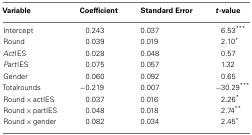
<table><thead><tr><td><b>Variable</b></td><td><b>Coefficient</b></td><td><b>Standard Error</b></td><td><b><i>t</i>-value</b></td></tr></thead><tbody><tr><td>Intercept</td><td>0.243</td><td>0.037</td><td>6.53***</td></tr><tr><td>Round</td><td>0.039</td><td>0.019</td><td>2.10*</td></tr><tr><td><i>Act</i>IES</td><td>0.028</td><td>0.048</td><td>0.57</td></tr><tr><td><i>Part</i>IES</td><td>0.075</td><td>0.057</td><td>1.32</td></tr><tr><td>Gender</td><td>0.060</td><td>0.092</td><td>0.65</td></tr><tr><td>Totalrounds</td><td>−0.219</td><td>0.007</td><td>−30.29***</td></tr><tr><td>Round × actIES</td><td>0.037</td><td>0.016</td><td>2.26*</td></tr><tr><td>Round × partIES</td><td>0.048</td><td>0.018</td><td>2.74**</td></tr><tr><td>Round × gender</td><td>0.082</td><td>0.034</td><td>2.45*</td></tr></tbody></table>